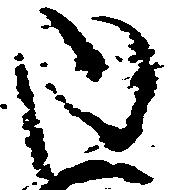
内